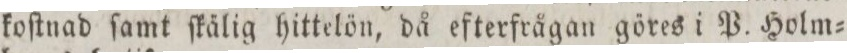
koſtnad ſamt ſkälig hittelön, då efterfrågan göres i P. Holm=